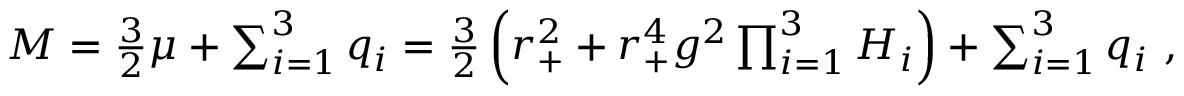
M = \textstyle { \frac { 3 } { 2 } } \mu + \sum _ { i = 1 } ^ { 3 } q _ { i } = \textstyle { \frac { 3 } { 2 } } \left( r _ { + } ^ { 2 } + r _ { + } ^ { 4 } g ^ { 2 } \prod _ { i = 1 } ^ { 3 } H _ { i } \right) + \sum _ { i = 1 } ^ { 3 } q _ { i } \ ,